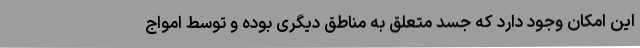
این امکان وجود دارد که جسد متعلق به مناطق دیگری بوده و توسط امواج